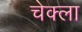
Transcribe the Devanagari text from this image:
चेक्ला